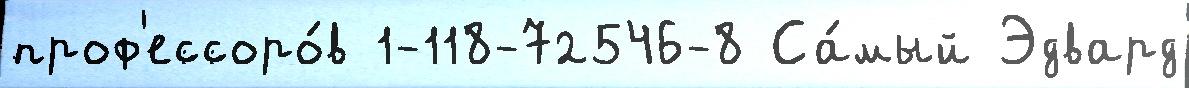
проф'ессоро́в 1-118-72546-8 Са́мый Эдвард